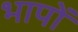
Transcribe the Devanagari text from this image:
भापों